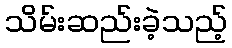
သိမ်းဆည်းခဲ့သည့်